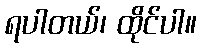
ရပါတယ်၊ ထိုင်ပါ။